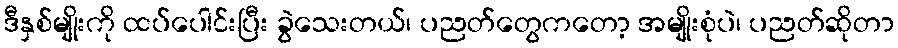
ဒီနှစ်မျိုးကို ထပ်ပေါင်းပြီး ခွဲသေးတယ်၊ ပညတ်တွေကတော့ အမျိုးစုံပဲ၊ ပညတ်ဆိုတာ